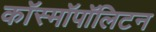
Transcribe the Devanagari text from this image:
कॉस्मॉपॉलिटन